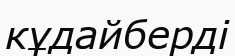
кұдайберді